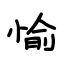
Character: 愉